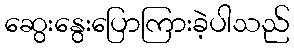
ဆွေးနွေးပြောကြားခဲ့ပါသည်